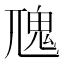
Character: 𩱽